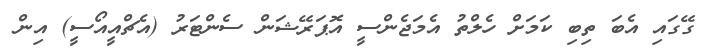
ގޭގައި އެބަ ތިބި ކަމަށް ހެލްތު އެމަޖެންސީ އޮޕަރޭޝަން ސެންޓަރު (އެޗްއީއޯސީ) އިން